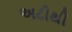
અઢીથી